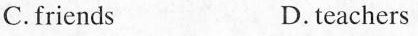
C.friends D.teachers